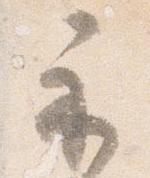
示